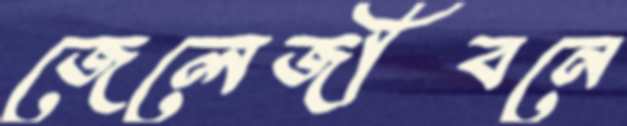
জেলেজীবনে